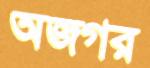
অজগর